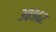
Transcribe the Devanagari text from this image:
३८९६२